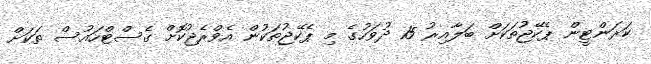
ކަރަންޓީން ޕެކޭޖުތަކަށް ބަލާއިރު 15 ދުވަހުގެ މި ޕެކޭޖުތަކުން އެވްރެޖުކޮށް ގެސްޓްހައުސް ތަކަށް